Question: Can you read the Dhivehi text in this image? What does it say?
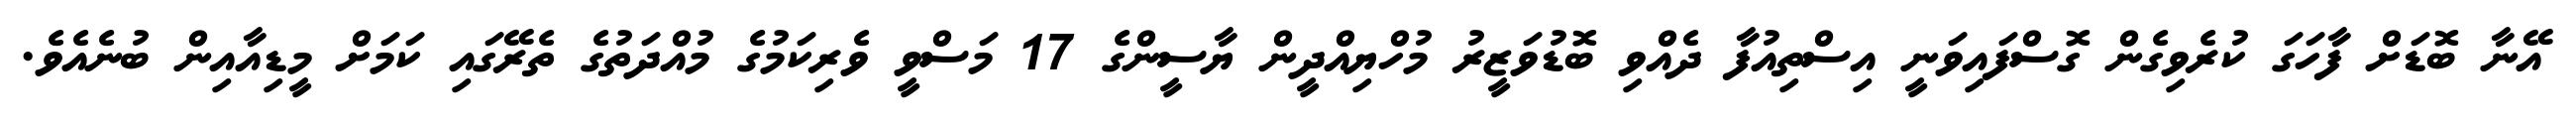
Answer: އޭނާ ބޮޑަށް ފާހަގަ ކުރެވިގެން ގޮސްފައިވަނީ އިސްތިއުފާ ދެއްވި ބޮޑުވަޒީރު މުހްޔިއްދީން ޔާސީންގެ 17 މަސްވީ ވެރިކަމުގެ މުއްދަތުގެ ތެރޭގައި ކަމަށް މީޑިއާއިން ބުނެއެވެ.